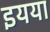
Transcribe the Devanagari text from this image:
इयया